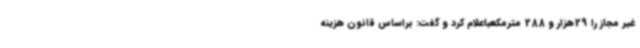
غیر مجاز را 29هزار و 288 مترمکعباعلام کرد و گفت: براساس قانون هزینه